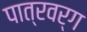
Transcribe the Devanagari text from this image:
पात्रवर्ग